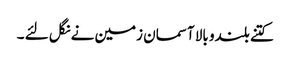
کتنے بلندو بالا آسمان زمین نے نگل لئے ۔